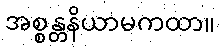
အစ္စန္တနိယာမကထာ။